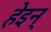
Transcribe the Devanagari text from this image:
हेइन्